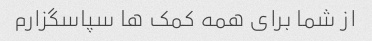
از شما برای همه کمک ها سپاسگزارم